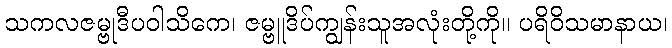
သကလဇမ္ဗုဒီပဝါသိကေ၊ ဇမ္ဗူဒိပ်ကျွန်းသူအလုံးတို့ကို။ ပရိဝိသမာနာယ၊